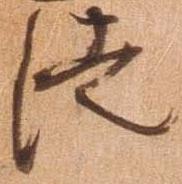
徒